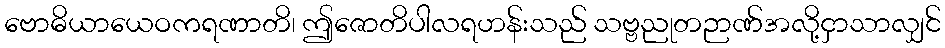
ဗောဓိယာယေဝကရဏာတိ၊ ဤဇောတိပါလရဟန်းသည် သဗ္ဗညုတဉာဏ်အလို့ငှာသာလျှင်